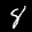
Label: 8